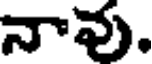
నావు.